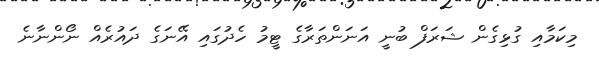
މިކަމާއި ގުޅިގެން ޝަރަފް ބުނީ އަނަންތަރާގެ ޓީމު ހެދުގައި އޭނަގެ ދައުރެއް ނޯންނާނެ